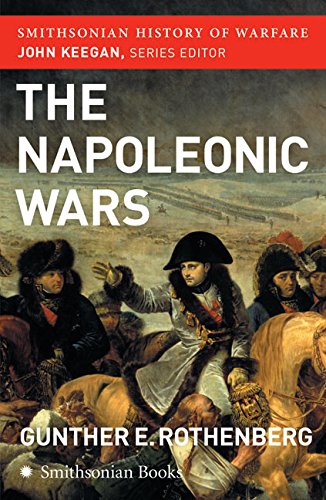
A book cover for The Napoleonic Wars (Smithsonian History of Warfare); Gunther Rothenberg; History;